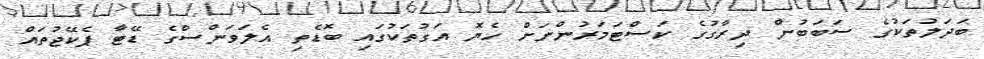
ބަދަލުތަކުގެ ސަބަބުން ދިރާގުގެ ކަސްޓަމަރުންނަށް ހެޔޮ އަގުތަކުގައި ބޮޑެތި އެލަވަންސްގެ ޑޭޓާ ޕެކޭޖުތައް